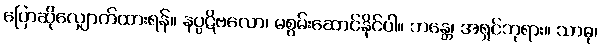
ပြောဆိုလျှောက်ထားရန်။ နပ္ပဋိဗလော၊ မစွမ်းဆောင်နိုင်ပါ။ ဘန္တေ၊ အရှင်ဘုရား။ သာဓု၊